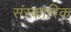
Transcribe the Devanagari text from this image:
संस्कारिक